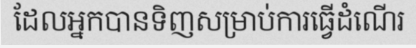
ដែលអ្នកបានទិញសម្រាប់ការធ្វើដំណើរ